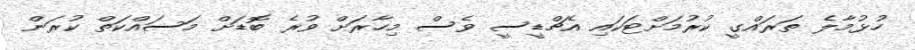
ހުޅުމާލެ ތަރައްގީ ކުރުމަށްޓަކައި އެޗްޑީސީ ވެސް މިހާރަށް ވުރެ ބޮޑަށް މަސައްކަތް ކުރަން